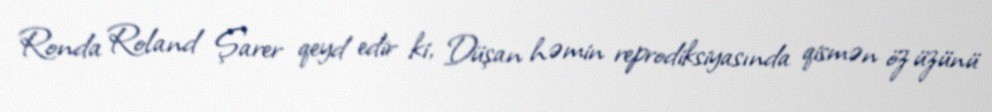
Ronda Roland Şarer qeyd edir ki, Düşan həmin reprodiksiyasında qismən öz üzünü